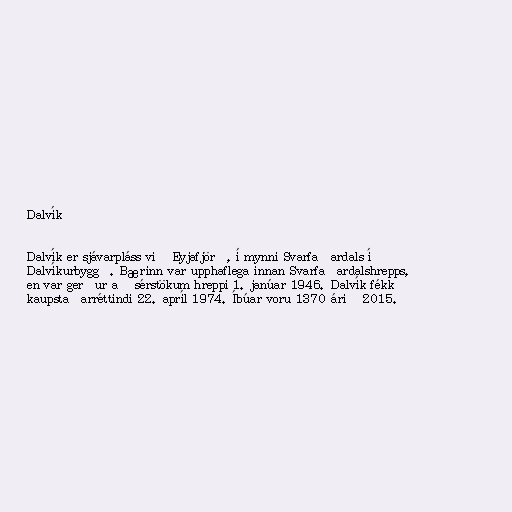
Dalvík

Dalvík er sjávarpláss við Eyjafjörð, í mynni Svarfaðardals í
Dalvíkurbyggð. Bærinn var upphaflega innan Svarfaðardalshrepps,
en var gerður að sérstökum hreppi 1. janúar 1946. Dalvík fékk
kaupstaðarréttindi 22. apríl 1974. Íbúar voru 1370 árið 2015.